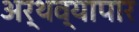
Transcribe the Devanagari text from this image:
अर्थव्यापार